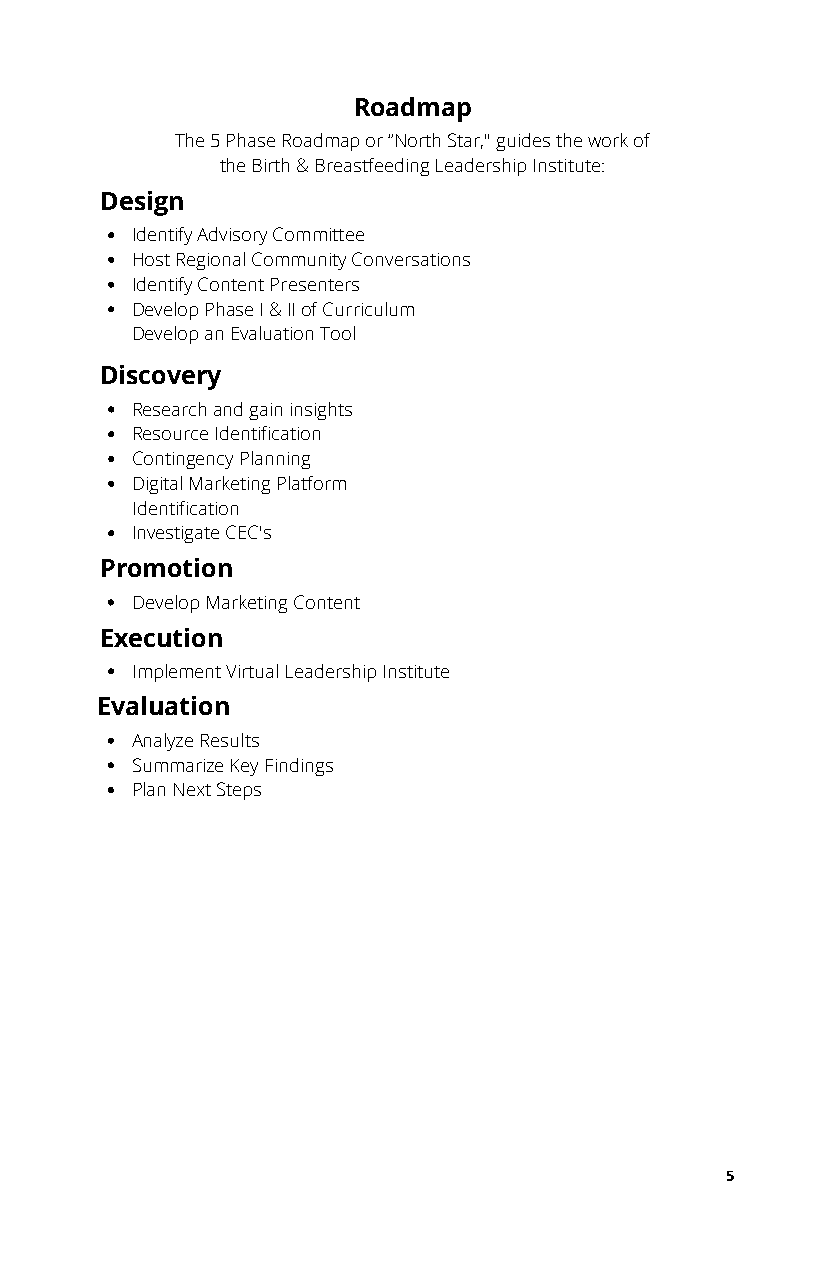
Roadmap
 The 5 Phase Roadmap or “North Star," guides the work of
 the Birth & Breastfeeding Leadership Institute:
 Design
 Identify Advisory Committee
 Host Regional Community Conversations
 Identify Content Presenters
 Develop Phase I & II of Curriculum
 Develop an Evaluation Tool
 Discovery
 Research and gain insights
 Resource Identification
 Contingency Planning
 Digital Marketing Platform
 Identification
 Investigate CEC's
 Promotion
 Develop Marketing Content
 Execution
 Implement Virtual Leadership Institute
 Evaluation
 Analyze Results
 Summarize Key Findings
 Plan Next Steps
 5